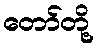
တော်တို့